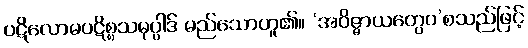
ပဋိလောမပဋိစ္စသမုပ္ပါဒ် မည်သောဟူ၏။ ‘အဝိဇ္ဇာယတွေဝ’စသည်ဖြင့်